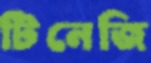
টিনেজি